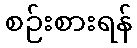
စဉ်းစားရန်